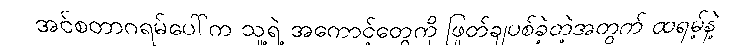
အင်စတာဂရမ်ပေါ်က သူ့ရဲ့ အကောင့်တွေကို ဖြုတ်ချပစ်ခဲ့တဲ့အတွက် ထရမ့်နဲ့